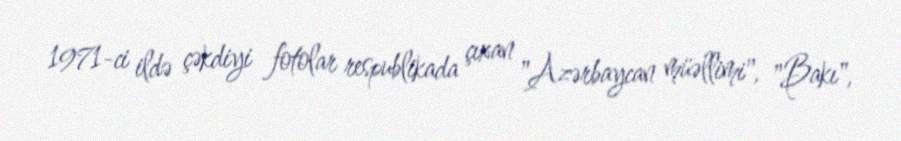
1971-ci ildə çəkdiyi fotolar respublikada çıxan "Azərbaycan müəllimi", "Bakı",